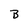
Character: B